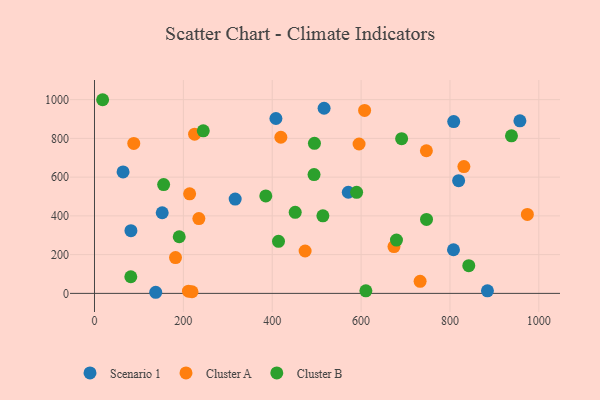
{"axis": {"x": "Speed", "y": "Salary"}, "legend": ["Cluster A", "Cluster B", "Scenario 1"], "data": [{"x": "884.3", "y": 13.1, "type": "Scenario 1"}, {"x": "516.7", "y": 955.6, "type": "Scenario 1"}, {"x": "408.3", "y": 902.7, "type": "Scenario 1"}, {"x": "152.4", "y": 416.1, "type": "Scenario 1"}, {"x": "137.8", "y": 5.7, "type": "Scenario 1"}, {"x": "957.4", "y": 890.6, "type": "Scenario 1"}, {"x": "819.5", "y": 581.8, "type": "Scenario 1"}, {"x": "571.2", "y": 521.9, "type": "Scenario 1"}, {"x": "807.9", "y": 225.3, "type": "Scenario 1"}, {"x": "64.3", "y": 626.8, "type": "Scenario 1"}, {"x": "316.6", "y": 486.6, "type": "Scenario 1"}, {"x": "82.0", "y": 323.7, "type": "Scenario 1"}, {"x": "808.4", "y": 886.7, "type": "Scenario 1"}, {"x": "974.2", "y": 407.7, "type": "Cluster A"}, {"x": "474.0", "y": 218.8, "type": "Cluster A"}, {"x": "214.1", "y": 513.9, "type": "Cluster A"}, {"x": "234.9", "y": 386.2, "type": "Cluster A"}, {"x": "595.4", "y": 771.1, "type": "Cluster A"}, {"x": "419.4", "y": 805.8, "type": "Cluster A"}, {"x": "831.3", "y": 654.7, "type": "Cluster A"}, {"x": "225.3", "y": 821.8, "type": "Cluster A"}, {"x": "88.4", "y": 774.1, "type": "Cluster A"}, {"x": "607.9", "y": 944.4, "type": "Cluster A"}, {"x": "182.3", "y": 185.0, "type": "Cluster A"}, {"x": "674.0", "y": 241.5, "type": "Cluster A"}, {"x": "211.5", "y": 11.5, "type": "Cluster A"}, {"x": "219.5", "y": 8.3, "type": "Cluster A"}, {"x": "732.8", "y": 62.1, "type": "Cluster A"}, {"x": "746.9", "y": 736.3, "type": "Cluster A"}, {"x": "414.1", "y": 268.8, "type": "Cluster B"}, {"x": "610.7", "y": 13.2, "type": "Cluster B"}, {"x": "494.1", "y": 613.4, "type": "Cluster B"}, {"x": "514.0", "y": 400.1, "type": "Cluster B"}, {"x": "842.3", "y": 142.8, "type": "Cluster B"}, {"x": "938.4", "y": 813.2, "type": "Cluster B"}, {"x": "155.6", "y": 561.7, "type": "Cluster B"}, {"x": "451.7", "y": 418.3, "type": "Cluster B"}, {"x": "679.6", "y": 275.1, "type": "Cluster B"}, {"x": "747.2", "y": 381.5, "type": "Cluster B"}, {"x": "495.0", "y": 774.5, "type": "Cluster B"}, {"x": "385.5", "y": 503.0, "type": "Cluster B"}, {"x": "190.7", "y": 292.2, "type": "Cluster B"}, {"x": "244.8", "y": 839.3, "type": "Cluster B"}, {"x": "589.9", "y": 521.6, "type": "Cluster B"}, {"x": "81.7", "y": 85.8, "type": "Cluster B"}, {"x": "18.3", "y": 999.6, "type": "Cluster B"}, {"x": "691.2", "y": 798.6, "type": "Cluster B"}]}